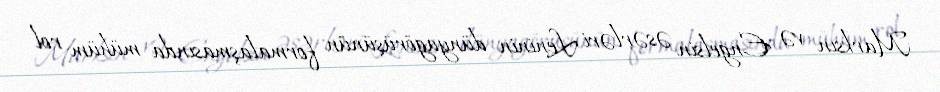
Marksın və Engelsin əsərləri Leninin dünyagörüşünün formalaşmasında mühüm rol